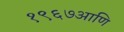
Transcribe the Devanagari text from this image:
१९६७आणि